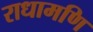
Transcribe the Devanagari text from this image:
राधामणि